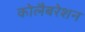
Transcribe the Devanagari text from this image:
कोलैबरेशन